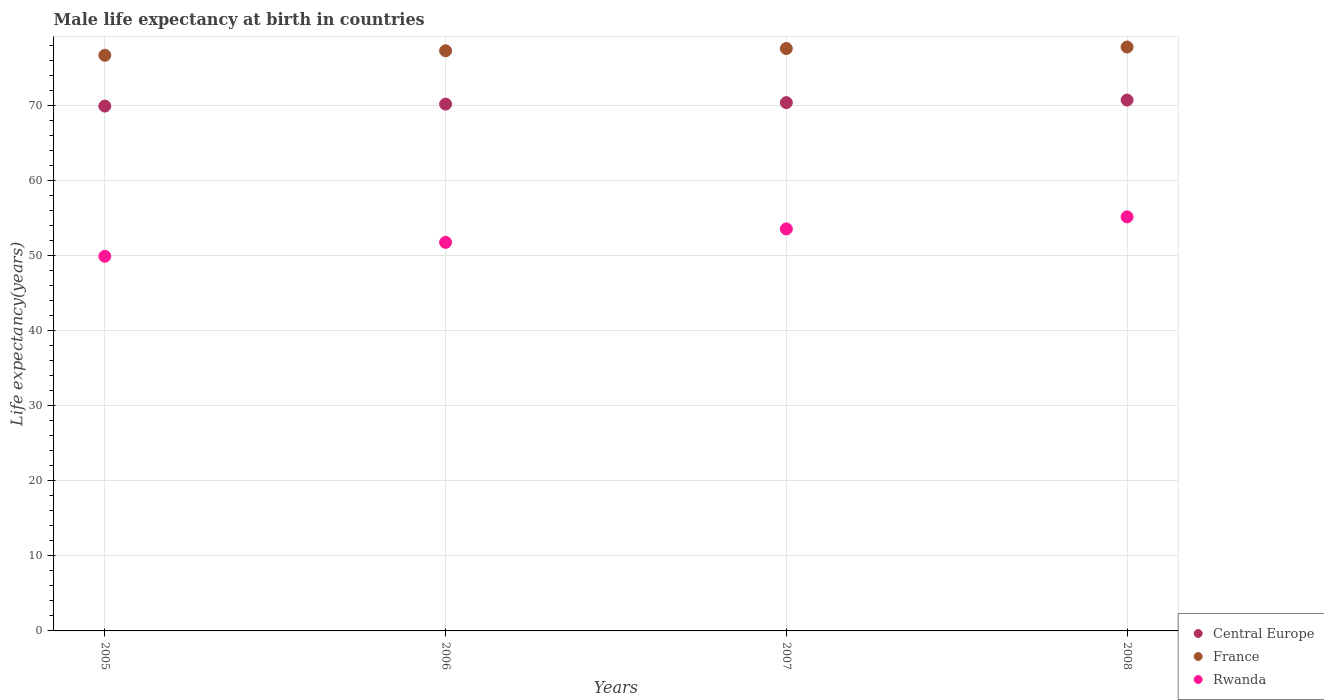
| Years | Central Europe | France | Rwanda |
 | --- | --- | --- | --- |
 | 2005 | 69.9 | 76.7 | 49.9 |
 | 2006 | 70.2 | 77.3 | 51.8 |
 | 2007 | 70.4 | 77.6 | 53.6 |
 | 2008 | 70.7 | 77.8 | 55.2 |